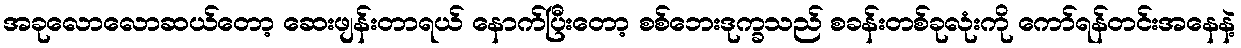
အခုလောလောဆယ်တော့ ဆေးဖျန်းတာရယ် နောက်ပြီးတော့ စစ်ဘေးဒုက္ခသည် စခန်းတစ်ခုလုံးကို ကော်ရန်တင်းအနေနဲ့